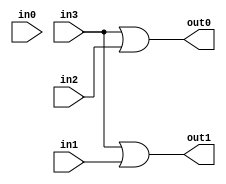
module encoder_4to2 (
  input wire in0,
  input wire in1,
  input wire in2,
  input wire in3,
  output wire out0,
  output wire out1
);

  assign out0 = (in3 | in2);
  assign out1 = (in3 | in1);

endmodule